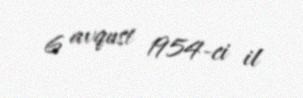
6 avqust 1954-ci il